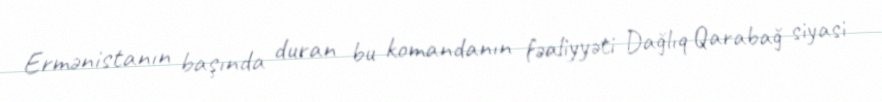
Ermənistanın başında duran bu komandanın fəaliyyəti Dağlıq Qarabağ siyasi